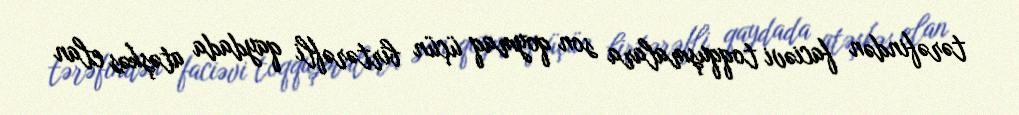
tərəfindən faciəvi toqquşmalara son qoymaq üçün birtərəfli qaydada atəşkəs elan